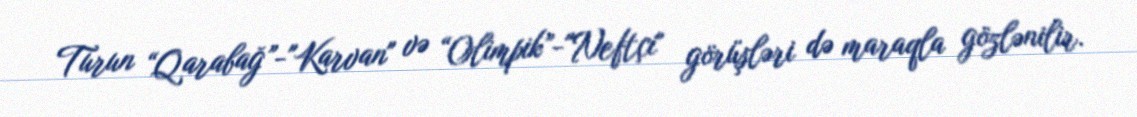
Turun “Qarabağ”-"Karvan" və “Olimpik”-"Neftçi" görüşləri də maraqla gözlənilir.